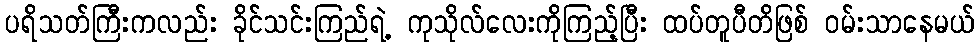
ပရိသတ်ကြီးကလည်း ခိုင်သင်းကြည်ရဲ့ ကုသိုလ်လေးကိုကြည့်ပြီး ထပ်တူပီတိဖြစ် ဝမ်းသာနေမယ်